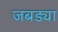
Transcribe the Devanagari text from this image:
जबड्या